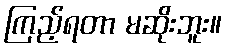
ကြည့်ရတာ မဆိုးဘူး။